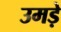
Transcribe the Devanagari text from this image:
उमड़े